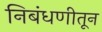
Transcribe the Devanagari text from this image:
निबंधणीतून